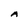
Character: A